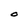
Character: O